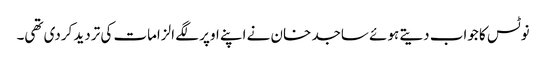
نوٹس کا جواب دیتے ہوئے ساجد خان نے اپنے اوپر لگے الزامات کی تردید کردی تھی۔